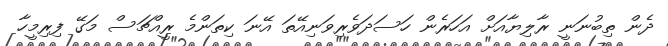
ދެން ތިބުނަނީ ރާލިޔާއަށް އަހަރެން ހަސަދަވެރިވަނިއޭތަ އޭނަ ކިތަންމެ ރީއްޗަސް މަގޭ ފިރިމީހާ